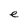
Character: e